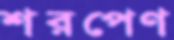
শরপেণ